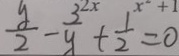
\frac { y } { 2 } - \frac { 3 } { y } + \frac { 1 } { 2 } = 0